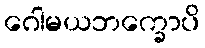
ဂေါမယဘက္ခောပိ